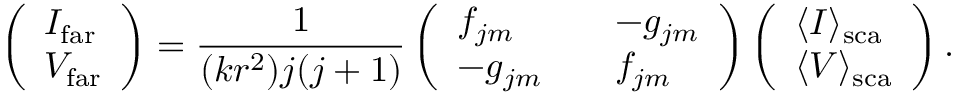
\left( \begin{array} { l } { I _ { \mathrm { f a r } } } \\ { V _ { \mathrm { f a r } } } \end{array} \right) = \frac { 1 } { ( k r ^ { 2 } ) j ( j + 1 ) } \left( \begin{array} { l l l } { f _ { j m } } & & { - g _ { j m } } \\ { - g _ { j m } } & & { f _ { j m } } \end{array} \right) \left( \begin{array} { l } { \langle I \rangle _ { \mathrm { s c a } } } \\ { \langle V \rangle _ { \mathrm { s c a } } } \end{array} \right) .